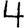
Digit: 4